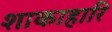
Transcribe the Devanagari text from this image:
शाकाहारि